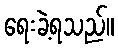
ရေးခဲ့ရသည်။